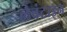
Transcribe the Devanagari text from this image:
लेवंटाइन